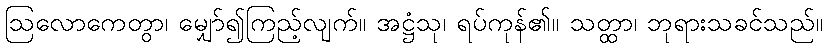
ဩလောကေတွာ၊ မျှော်၍ကြည့်လျက်။ အဋ္ဌံသု၊ ရပ်ကုန်၏။ သတ္ထာ၊ ဘုရားသခင်သည်။